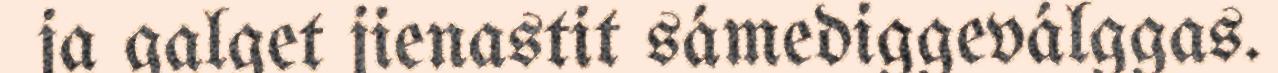
ja galget jienastit sámediggeválggas.